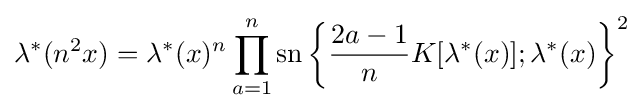
\lambda ^{*}(n^{2}x)=\lambda ^{*}(x)^{n}\prod _{a=1}^{n}\operatorname {sn} \left\{{\frac {2a-1}{n}}K[\lambda ^{*}(x)];\lambda ^{*}(x)\right\}^{2}